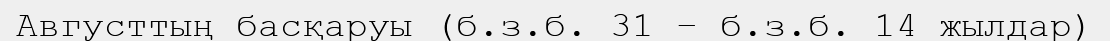
Августтың басқаруы (б.з.б. 31 – б.з.б. 14 жылдар)